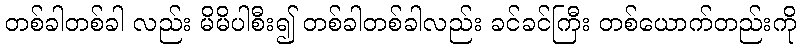
တစ်ခါတစ်ခါ လည်း မိမိပါစီး၍ တစ်ခါတစ်ခါလည်း ခင်ခင်ကြီး တစ်ယောက်တည်းကို